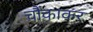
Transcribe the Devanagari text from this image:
चौंकाकर